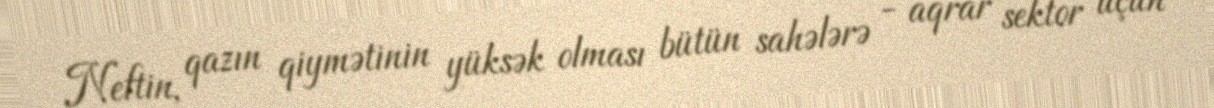
Neftin, qazın qiymətinin yüksək olması bütün sahələrə - aqrar sektor üçün